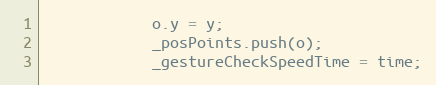
Language: JavaScript
			o.y = y;
			_posPoints.push(o);
			_gestureCheckSpeedTime = time;